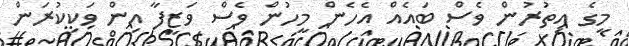
މީގެ އިތުރުން ވެސް ބައެއް އެހެން މީހުން ވެސް ވަޒީފާ އިން ވަކިކުރަން